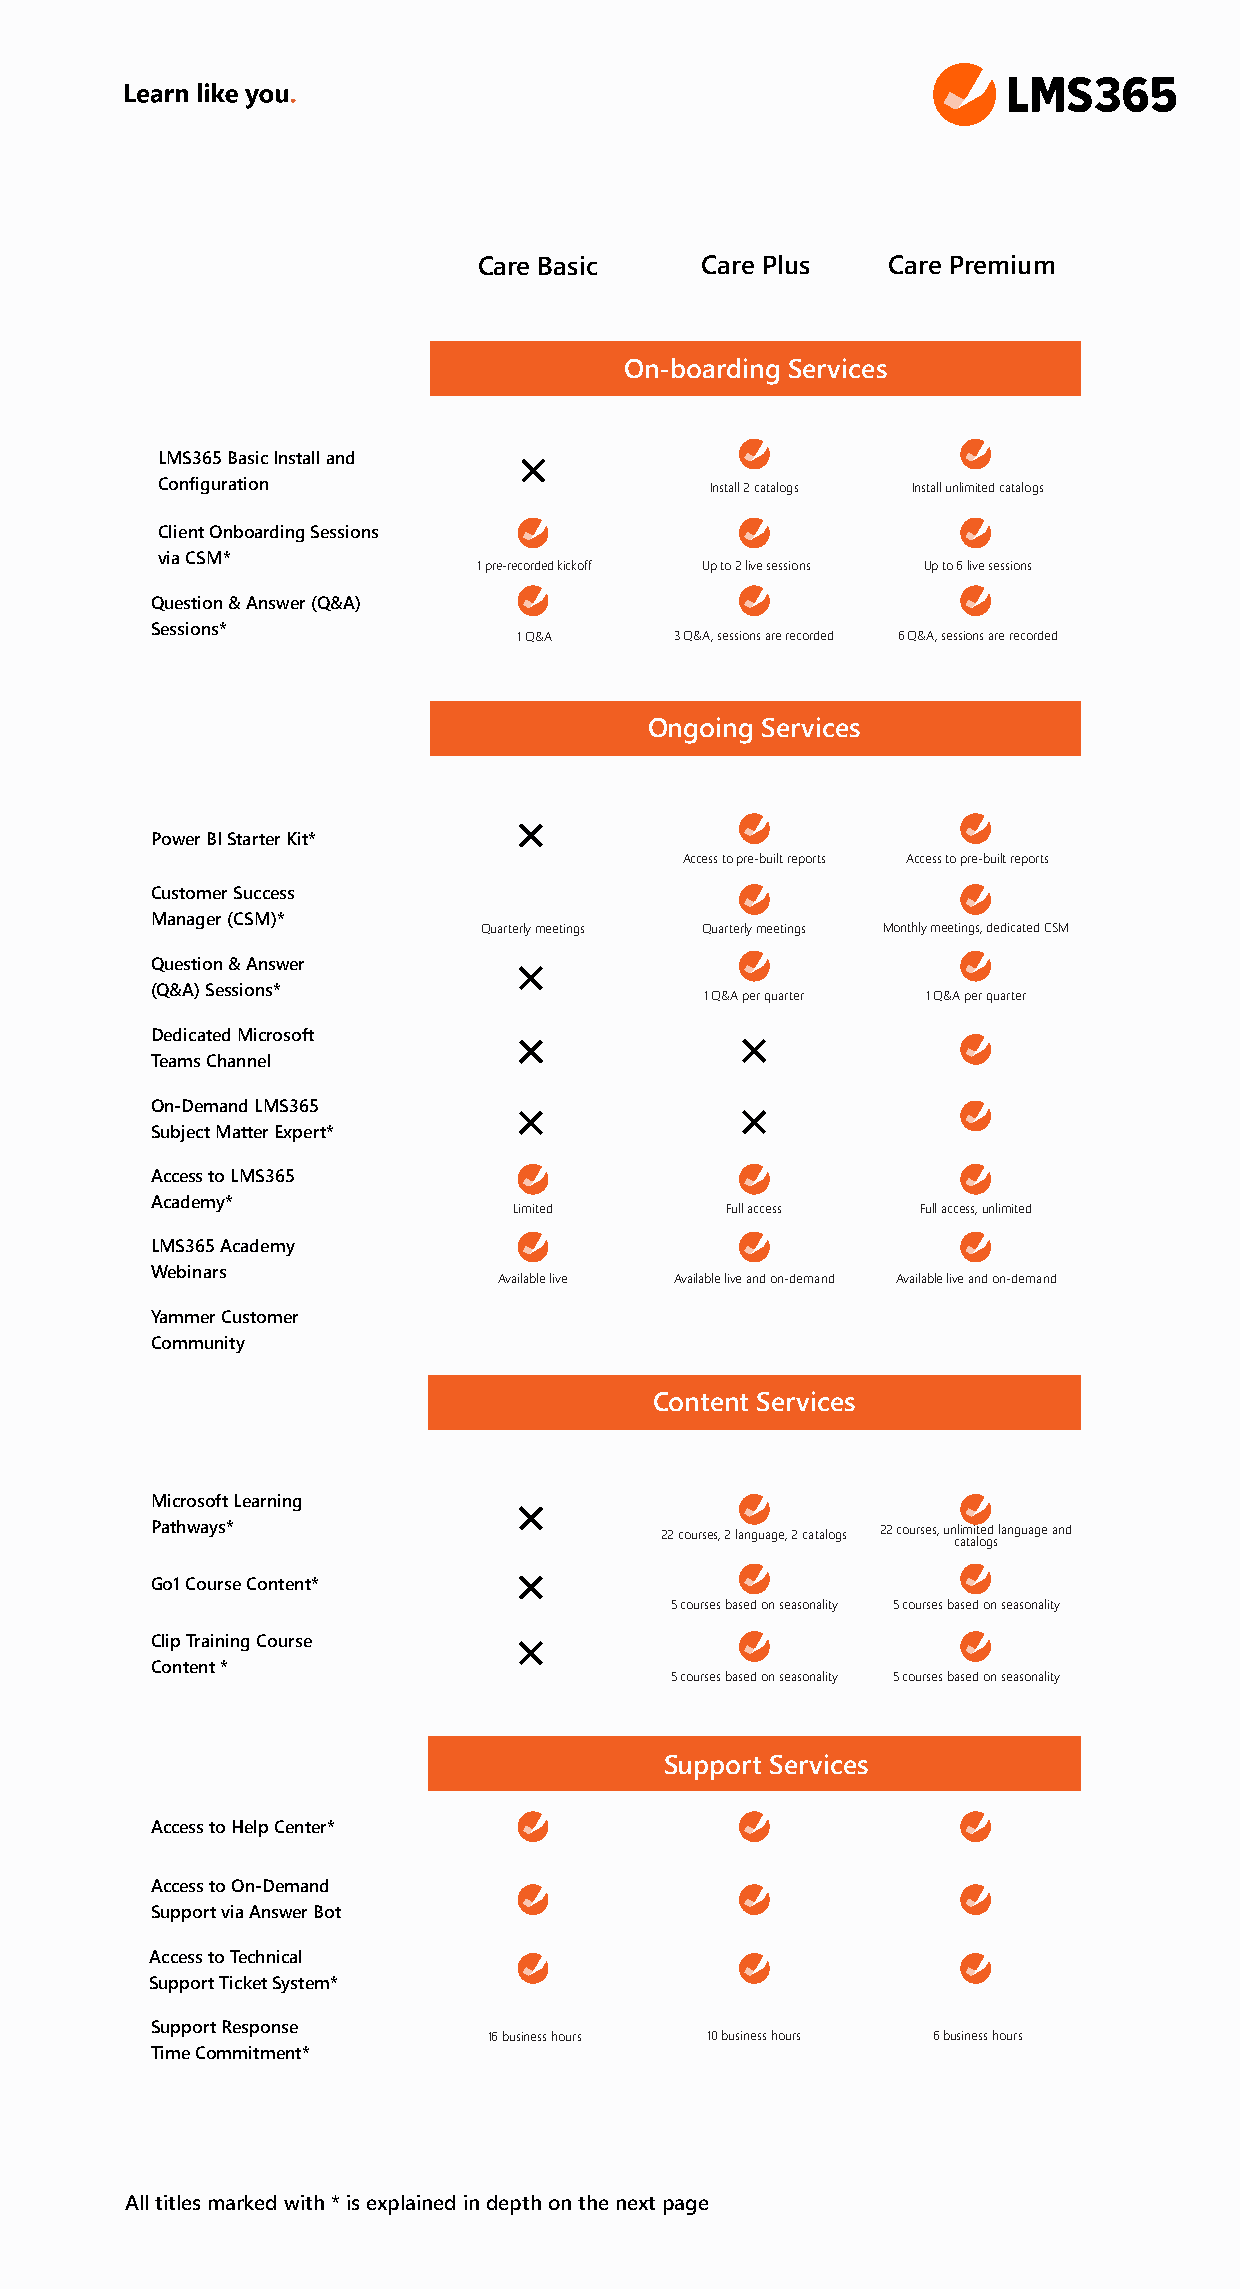
Care Basic    Care Plus    Care Premium
 On-boarding Services
 LMS365 Basic Install and
 Configuration                        IInnssttaallll 22 ccaattaallooggss Install unlimited catalogs
 Client Onboarding Sessions
 via CSM*
 1 pre-recorded kickoff Up to 2 live sessions Up to 6 live sessions
 Question & Answer (Q&A)
 Sessions*
 1 Q&A      3 Q&A, sessions are recorded 6 Q&A, sessions are recorded
 Ongoing Services
 Power BI Starter Kit*
 Access to pre-built reports Access to pre-built reports
 Customer Success
 Manager (CSM)*
 Quarterly meetings Quarterly meetings Monthly meetings, dedicated CSM
 Question & Answer
 (Q&A) Sessions*
 1 Q&A per quarter 1 Q&A per quarter
 Dedicated Microsoft
 Teams Channel
 On-Demand LMS365
 Subject Matter Expert*
 Access to LMS365
 Academy*
 Limited       Full access  Full access, unlimited
 LMS365 Academy
 Webinars
 AAvvaaiillaabbllee lliivvee Available live and on-demand Available live and on-demand
 Yammer Customer
 Community
 Content Services
 Microsoft Learning
 Pathways*                         22 courses, 2 language, 2 catalogs 22 courses, unlimited language and
 catalogs
 Go1 Course Content*
 5 courses based on seasonality 5 courses based on seasonality
 Clip Training Course
 Content *
 5 courses based on seasonality 5 courses based on seasonality
 Support Services
 Access to Help Center*
 Access to On-Demand
 Support via Answer Bot
 Access to Technical
 Support Ticket System*
 Support Response
 16 business hours 10 business hours 6 business hours
 Time Commitment*
 All titles marked with * is explained in depth on the next page